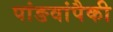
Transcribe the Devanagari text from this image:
पांङवांपैकी